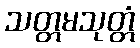
သတ္တမသုတ္တံ